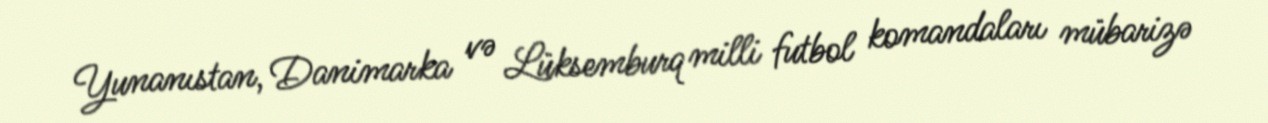
Yunanıstan, Danimarka və Lüksemburq milli futbol komandaları mübarizə